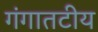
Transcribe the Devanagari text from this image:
गंगातटीय